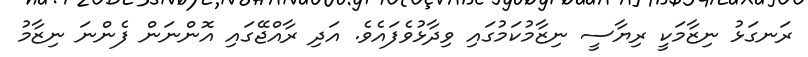
ރަނގަޅު ނިޒާމަކީ ރިޔާސީ ނިޒާމުކަމުގައި ވިދާޅުވެފައެވެ. އަދި ރާއްޖޭގައި އޮންނަން ފެންނަ ނިޒާމު